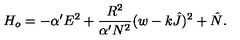
H _ { o } = - \alpha ^ { \prime } E ^ { 2 } + \frac { R ^ { 2 } } { \alpha ^ { \prime } N ^ { 2 } } ( w - k \hat { J } ) ^ { 2 } + \hat { N } .